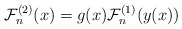
\begin{align*}{\cal F}_n^{(2)} (x)= g(x){\cal F}_n^{(1)} (y(x))\end{align*}